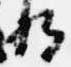
将